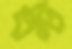
ঘন্ট